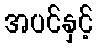
အပင်နှင့်